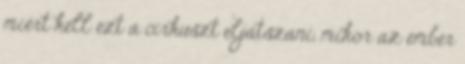
miért kell ezt a cirkuszt eljátszani, mikor az ember